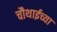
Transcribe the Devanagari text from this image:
चौथाईच्या